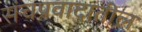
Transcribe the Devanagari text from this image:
संचप्रवादातील